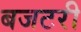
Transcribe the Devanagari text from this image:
बजटरी